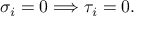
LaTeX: \sigma _ { i } = 0 \Longrightarrow \tau _ { i } = 0 .